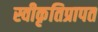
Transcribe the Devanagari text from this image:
स्वीकृतिप्रापत